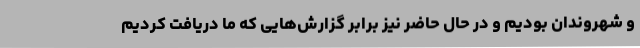
و شهروندان بودیم و در حال حاضر نیز برابر گزارش‌هایی که ما دریافت کردیم